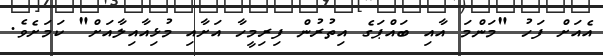
އެއަށް ފަހު "މަންމަ އާއި ބައްޕަގެ އިތުރުން ފިރިމީހާ އަށާއި މުޅިއާއިލާއަށް" ކަމަށެވެ.